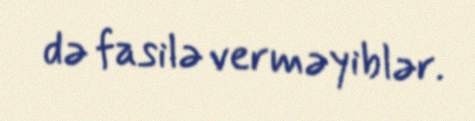
də fasilə verməyiblər.